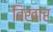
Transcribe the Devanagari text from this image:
विखार